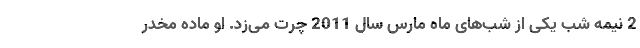
2 نیمه شب یکی از شب‌های ماه مارس سال 2011 چرت می‌زد. او ماده مخدر